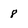
Character: 8